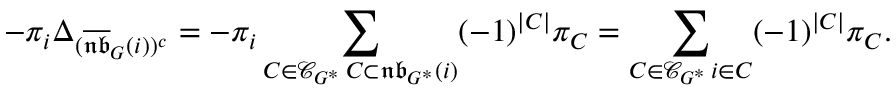
- \pi _ { i } \Delta _ { ( \overline { { \mathfrak { n b } } } _ { G } ( i ) ) ^ { c } } = - \pi _ { i } \sum _ { \substack { C \in \mathcal { C } _ { G ^ { * } } \, C \subset \mathfrak { n b } _ { G ^ { * } } ( i ) } } ( - 1 ) ^ { | C | } \pi _ { C } = \sum _ { \substack { C \in \mathcal { C } _ { G ^ { * } } \, i \in C } } ( - 1 ) ^ { | C | } \pi _ { C } .